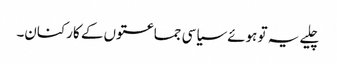
چلیے یہ تو ہوئے سیاسی جماعتوں کے کارکنان۔